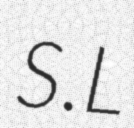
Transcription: S.L